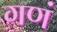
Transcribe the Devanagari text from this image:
गणं